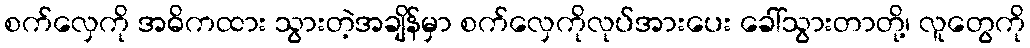
စက်လှေကို အဓိကထား သွားတဲ့အချိန်မှာ စက်လှေကိုလုပ်အားပေး ခေါ်သွားတာတို့၊ လူတွေကို